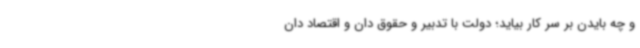
و چه بایدن بر سر کار بیاید؛ دولت با تدبیر و حقوق دان و اقتصاد دان